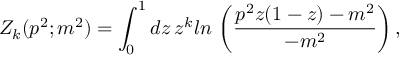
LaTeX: Z _ { k } ( p ^ { 2 } ; m ^ { 2 } ) = \int _ { 0 } ^ { 1 } d z \, z ^ { k } l n \, \left( { \frac { p ^ { 2 } z ( 1 - z ) - m ^ { 2 } } { - m ^ { 2 } } } \right) ,